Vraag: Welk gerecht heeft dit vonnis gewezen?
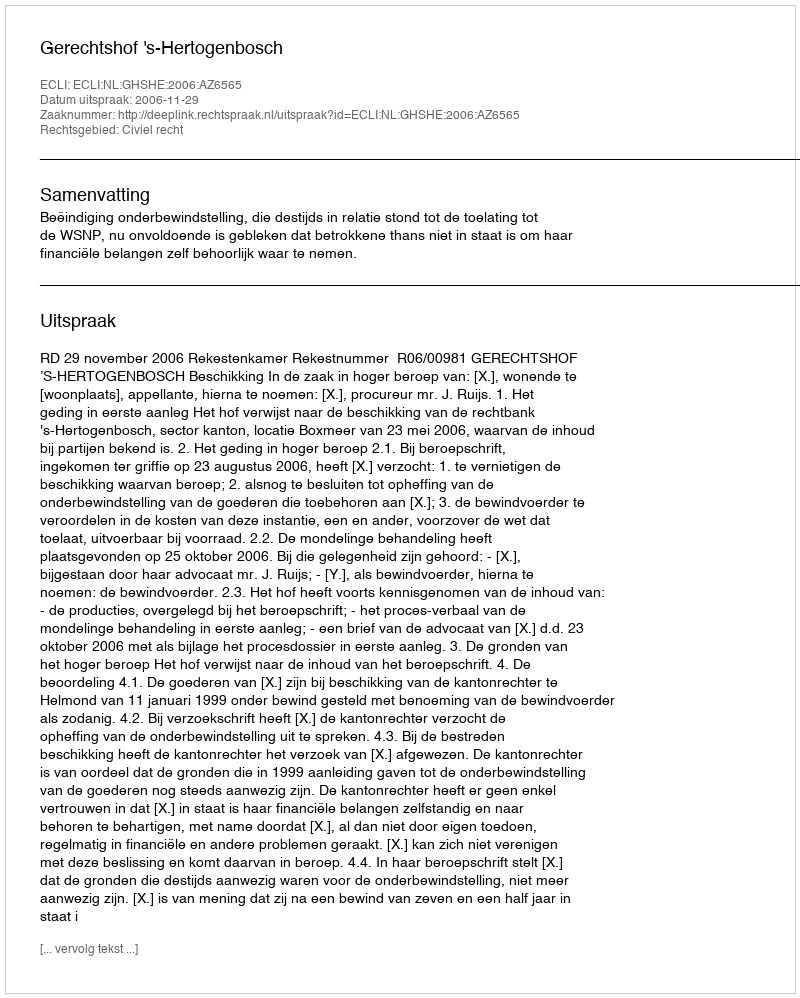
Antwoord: Gerechtshof 's-Hertogenbosch